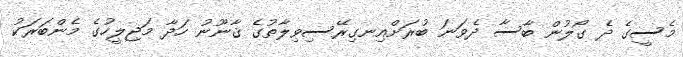
މެސީގެ ދެ ގޯލުން ބާސާ ދެވަނަ ބުރަށްއިނގިރޭސިވިލާތުގެ ޤާނޫނު ހަދާ މަޖިލީހުގެ މެންބަރަކު